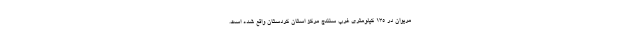
مریوان در ۱۳۵ کیلومتری غرب سنندج مرکز استان کردستان واقع شده است.